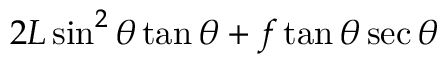
2 L \sin ^ { 2 } \theta \tan \theta + f \tan \theta \sec \theta